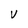
Character: V